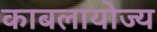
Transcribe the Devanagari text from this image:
काबलायोज्य